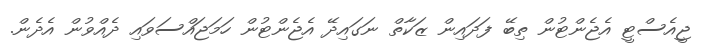
ޖީއެސްޓީ އެޖެންޓުން ތިބޭ ފަދައިން ޒަކާތް ނަގައިދޭ އެޖެންޓުން ހަމަޖައްސަވައި ދެއްވުން އެދެން.